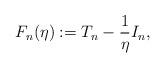
LaTeX: \begin{align*}F_n(\eta) : = T_n - \frac{1}{\eta}I_n,\end{align*}